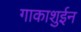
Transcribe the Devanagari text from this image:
गाकाशुईन